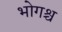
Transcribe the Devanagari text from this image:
भोगश्च